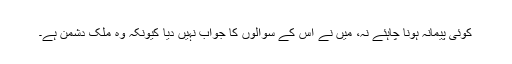
کوئی پیمانہ ہونا چاہئے نہ، میں نے اس کے سوالوں کا جواب نہیں دیا کیونکہ وہ ملک دشمن ہے۔